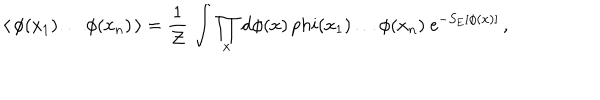
\langle \, \phi ( x _ { 1 } ) \dots \phi ( x _ { n } ) \, \rangle = \frac { 1 } { { \cal Z } } \, \int \prod _ { x } \mathrm { d } \phi ( x ) \, p h i ( x _ { 1 } ) \dots \phi ( x _ { n } ) \ \mathrm { e } ^ { - S _ { \mathrm { E } } [ \phi ( x ) ] } \, ,